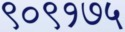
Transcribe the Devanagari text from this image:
९०९१७५